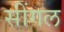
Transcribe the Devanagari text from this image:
सींगल